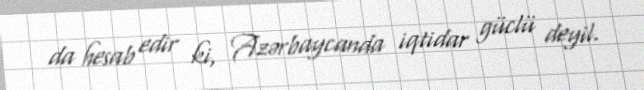
da hesab edir ki, Azərbaycanda iqtidar güclü deyil.